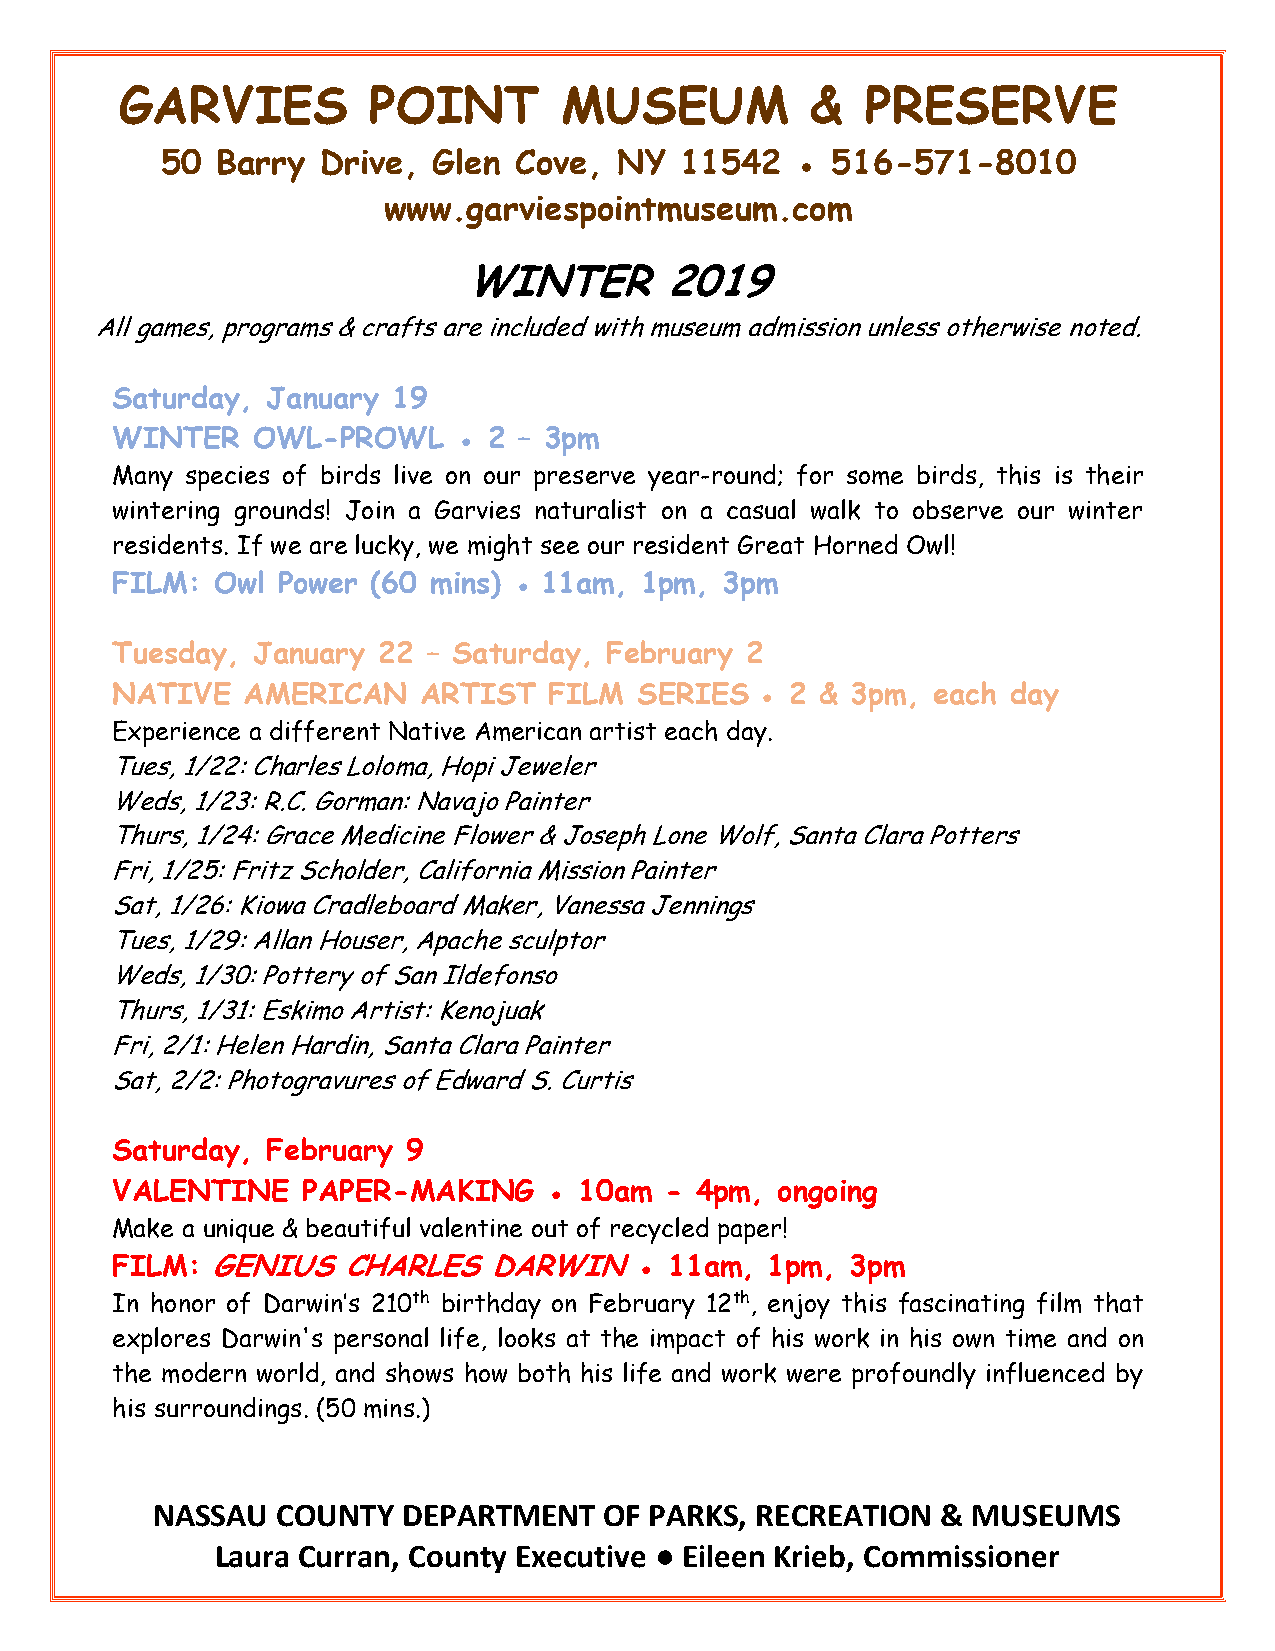
GARVIES          POINT       MUSEUM           &  PRESERVE
 50 Barry  Drive,  Glen Cove,  NY  11542   ● 516-571-8010
 www.garviespointmuseum.com
 WINTER       2019
 All games, programs & crafts are included with museum admission unless otherwise noted.
 Saturday,  January 19
 WINTER    OWL-PROWL    ● 2 – 3pm
 Many species of birds live on our preserve year-round; for some birds, this is their
 wintering grounds! Join a Garvies naturalist on a casual walk to observe our winter
 residents. If we are lucky, we might see our resident Great Horned Owl!
 FILM:  Owl Power  (60 mins) ● 11am, 1pm, 3pm
 Tuesday,  January 22 – Saturday, February 2
 NATIVE   AMERICAN    ARTIST  FILM  SERIES  ● 2 & 3pm,  each day
 Experience a different Native American artist each day.
 Tues, 1/22: Charles Loloma, Hopi Jeweler
 Weds, 1/23: R.C. Gorman: Navajo Painter
 Thurs, 1/24: Grace Medicine Flower & Joseph Lone Wolf, Santa Clara Potters
 Fri, 1/25: Fritz Scholder, California Mission Painter
 Sat, 1/26: Kiowa Cradleboard Maker, Vanessa Jennings
 Tues, 1/29: Allan Houser, Apache sculptor
 Weds, 1/30: Pottery of San Ildefonso
 Thurs, 1/31: Eskimo Artist: Kenojuak
 Fri, 2/1: Helen Hardin, Santa Clara Painter
 Sat, 2/2: Photogravures of Edward S. Curtis
 Saturday,  February 9
 VALENTINE    PAPER-MAKING    ● 10am  - 4pm, ongoing
 Make a unique & beautiful valentine out of recycled paper!
 FILM:  GENIUS   CHARLES  DARWIN    ● 11am,  1pm, 3pm
 In honor of Darwin’s 210th birthday on February 12th, enjoy this fascinating film that
 explores Darwin's personal life, looks at the impact of his work in his own time and on
 the modern world, and shows how both his life and work were profoundly influenced by
 his surroundings. (50 mins.)
 NASSAU  COUNTY   DEPARTMENT   OF PARKS, RECREATION  & MUSEUMS
 Laura Curran, County Executive ● Eileen Krieb, Commissioner